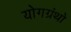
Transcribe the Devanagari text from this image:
योगग्रंथो